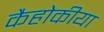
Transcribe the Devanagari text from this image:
कैहोकीया